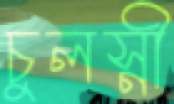
চুলস্নী